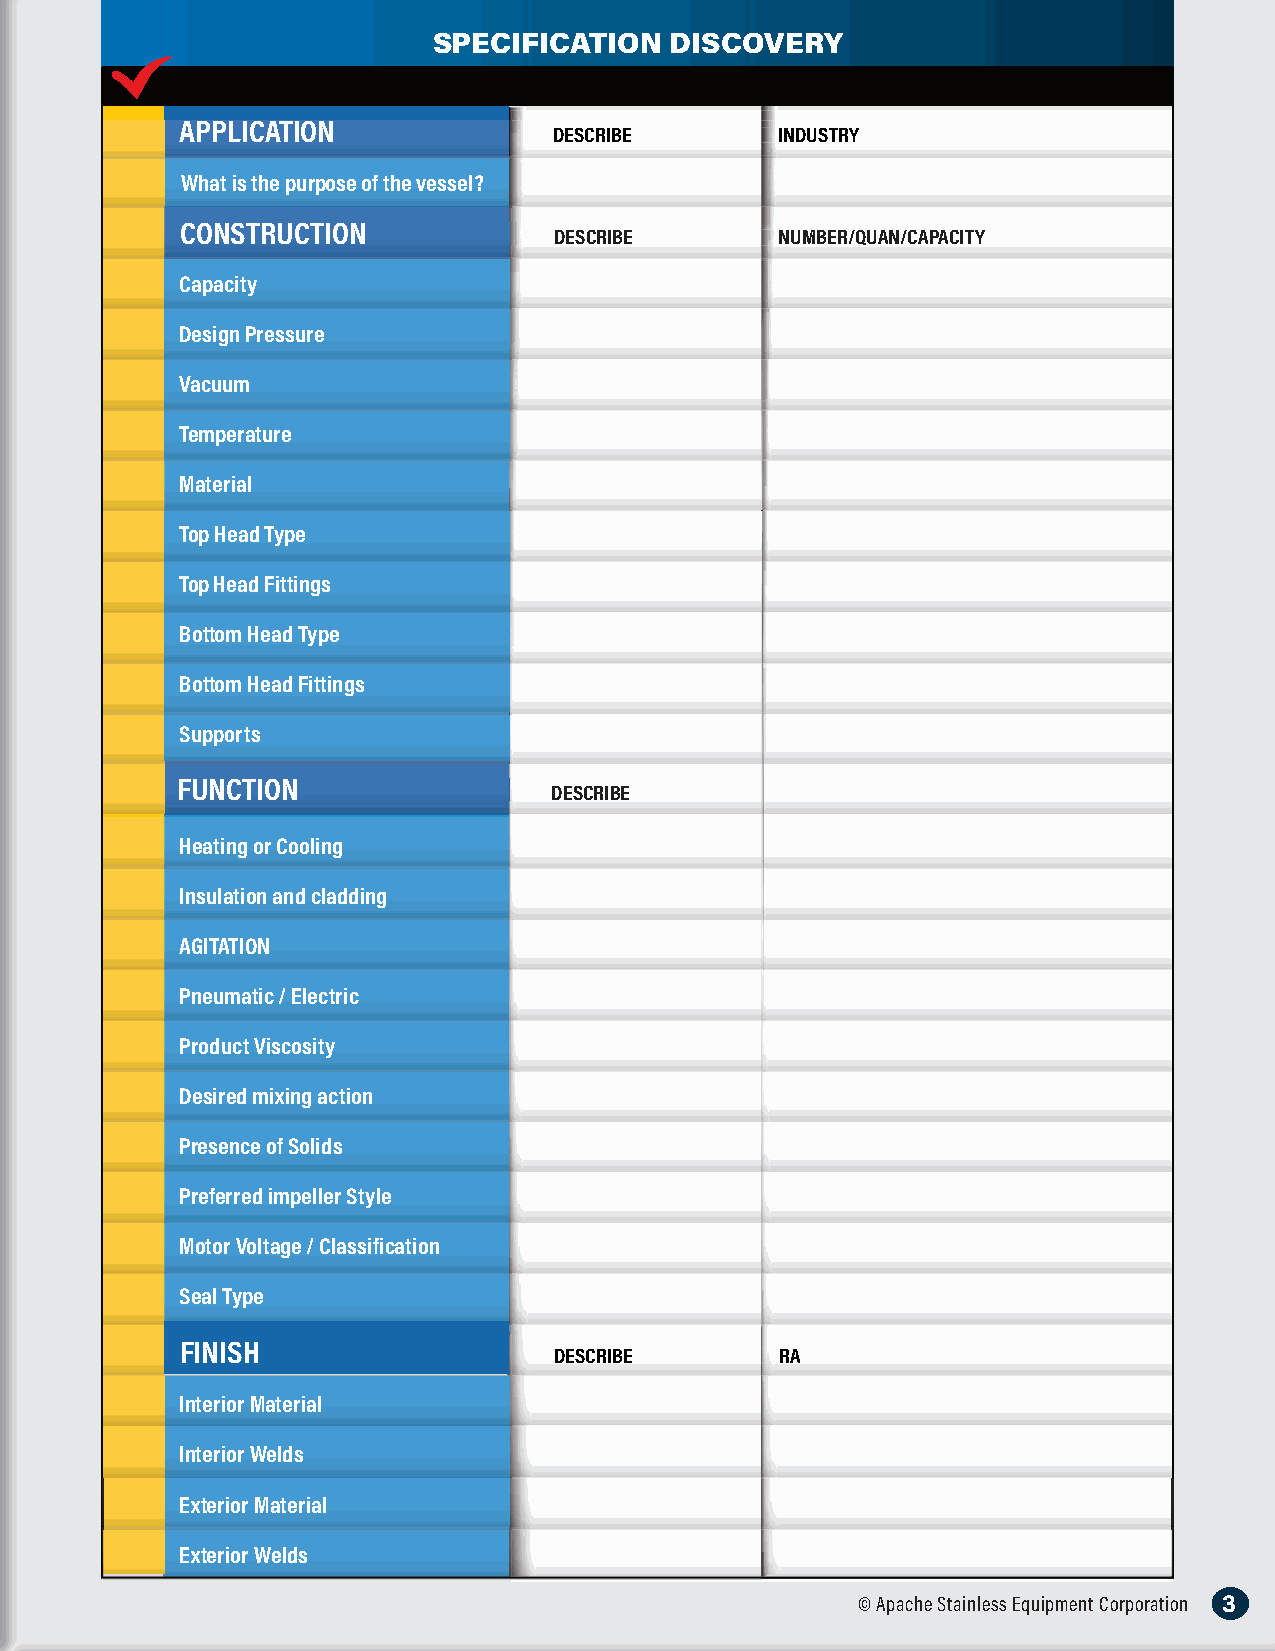
SPECIFICATION  DISCOVERY
 APPLICATION
 DESCRIBE       INDUSTRY
 What is the purpose of the vessel?
 CCOONNSSTTRRUUCCTTIIOONN
 DDDEEESSSCCCRRRIIIBBBEEE NNNUUUMMMBBBEEERRR///QQQUUUAAANNN///CCCAAAPPPAAACCCIIITTTYYY
 Capacity
 Design Pressure
 Vacuum
 Temperature
 Material
 Top Head Type
 Top Head Fittings
 Bottom Head Type
 Bottom Head Fittings
 Supports
 FFUUNNCCTTIIOONN
 DDDEEESSSCCCRRRIIIBBBEEE
 HHeeaattiinngg oorr CCoooolliinngg
 IInnssuullaattiioonn aanndd ccllaaddddiinngg
 AAGGIITTAATTIIOONN
 PPnneeuummaattiicc // EElleeccttrriicc
 PPrroodduucctt VViissccoossiittyy
 DDeessiirreedd mmiixxiinngg aaccttiioonn
 PPrreesseennccee ooff SSoolliiddss
 PPrreeffeerrrreedd iimmppeelllleerr SSttyyllee
 MMoottoorr VVoollttaaggee // CCllaassssiiffiiccaattiioonn
 SSeeaall TTyyppee
 FINISH
 DESCRIBE       RA
 Interior Material
 Interior Welds
 Exterior Material
 Exterior Welds
 © Apache Stainless Equipment Corporation 200 W Industrial Drive, Beaver Dam, WI 53916 © Apache Stainless Equipment Corporation 3